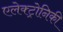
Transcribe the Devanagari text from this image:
एलेक्ट्रोनिकी